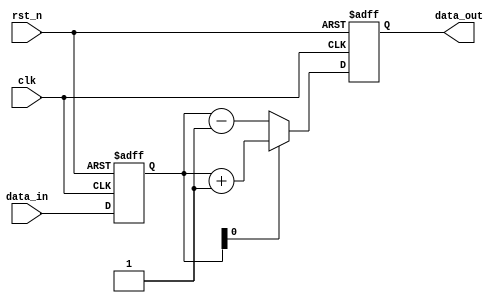
module synchronous_design (
    input wire clk,          // Clock signal
    input wire rst_n,       // Active-low reset signal
    input wire [7:0] data_in, // Input data
    output reg [7:0] data_out // Output data
);

    // Internal state variable
    reg [7:0] state;

    // Always block sensitive to the positive edge of the clock
    always @(posedge clk or negedge rst_n) begin
        if (!rst_n) begin
            // Reset condition: initialize state and output
            state <= 8'b0;
            data_out <= 8'b0;
        end else begin
            // Update state based on input data
            state <= data_in;

            // Conditional logic to determine output
            if (state[0]) begin
                data_out <= state + 8'b1; // Increment if LSB is 1
            end else begin
                data_out <= state - 8'b1; // Decrement if LSB is 0
            end
        end
    end

endmodule